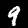
Digit: 9